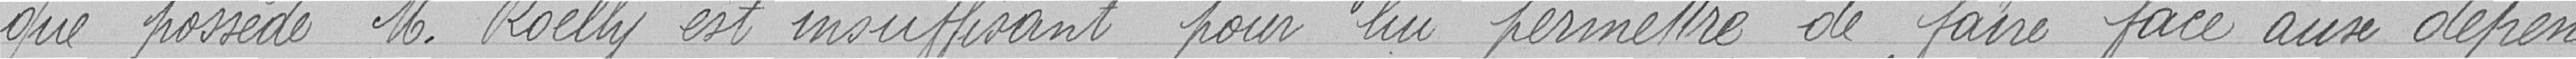
que possède Monsieur Roelly est insuffisant pour lui permettre de faire face aux dépen-